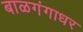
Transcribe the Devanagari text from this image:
बाळगंगाधर